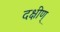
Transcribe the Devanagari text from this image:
दक्षीण्